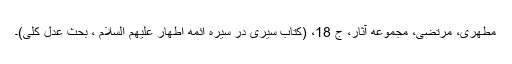
مطهری، مرتضی، مجموعه آثار، ج 18، (كتاب سیری در سیره ائمه اطهار علیهم السلام ، بحث عدل كلّی)۔